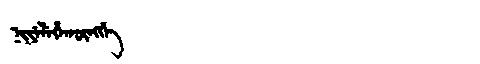
Manchu: ᠨᡳᠶᡝᠯᡝᡥᠠᡴᡡᠩᡤᡝ
Romanization: NIYELEHAKŪNGGE